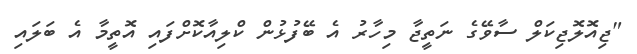
"ޖިއޮލޮޖިކަލް ސާވޭގެ ނަތީޖާ މިހާރު އެ ބޭފުޅުން ކްލިއާކޮށްފައި އޮތީމާ އެ ބަލައި